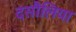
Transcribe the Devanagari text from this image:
दसौलिया